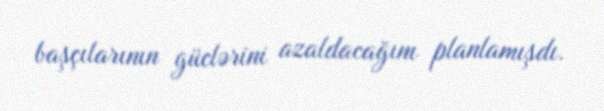
başçılarının güclərini azaldacağını planlamışdı.